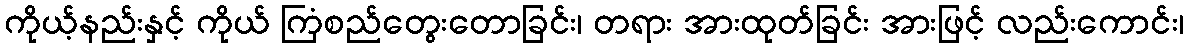
ကိုယ့်နည်းနှင့် ကိုယ် ကြံစည်တွေးတောခြင်း၊ တရား အားထုတ်ခြင်း အားဖြင့် လည်းကောင်း၊